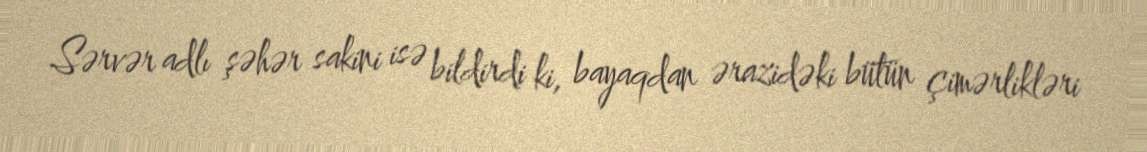
Sərvər adlı şəhər sakini isə bildirdi ki, bayaqdan ərazidəki bütün çimərlikləri